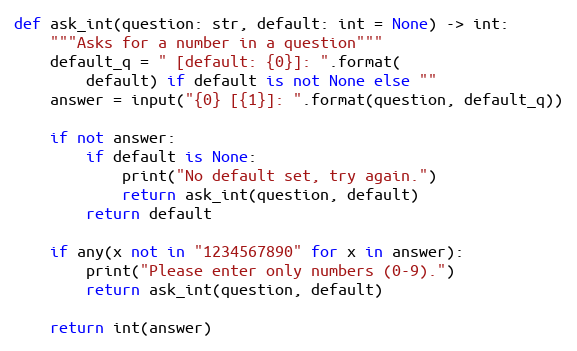
Language: Python
def ask_int(question: str, default: int = None) -> int:
    """Asks for a number in a question"""
    default_q = " [default: {0}]: ".format(
        default) if default is not None else ""
    answer = input("{0} [{1}]: ".format(question, default_q))

    if not answer:
        if default is None:
            print("No default set, try again.")
            return ask_int(question, default)
        return default

    if any(x not in "1234567890" for x in answer):
        print("Please enter only numbers (0-9).")
        return ask_int(question, default)

    return int(answer)